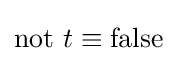
\mathrm {not} ~t\equiv \mathrm {false}